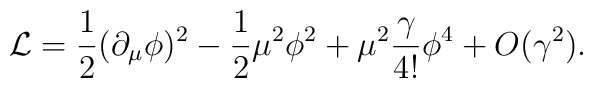
{\cal {L}}=\frac{1}{2}(\partial _{\mu }\phi )^{2}-\frac{1}{2}\mu ^{2}\phi ^{2}+\mu ^{2}\frac{\gamma }{4!}\phi ^{4}+O(\gamma ^{2}).